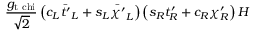
\frac { g _ { \mathrm { t \ c h i } } } { \sqrt { 2 } } \left( c _ { L } \bar { t ^ { \prime } } _ { L } + s _ { L } \bar { \chi ^ { \prime } } _ { L } \right) \left( s _ { R } t _ { R } ^ { \prime } + c _ { R } \chi _ { R } ^ { \prime } \right) H